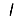
Digit: 1